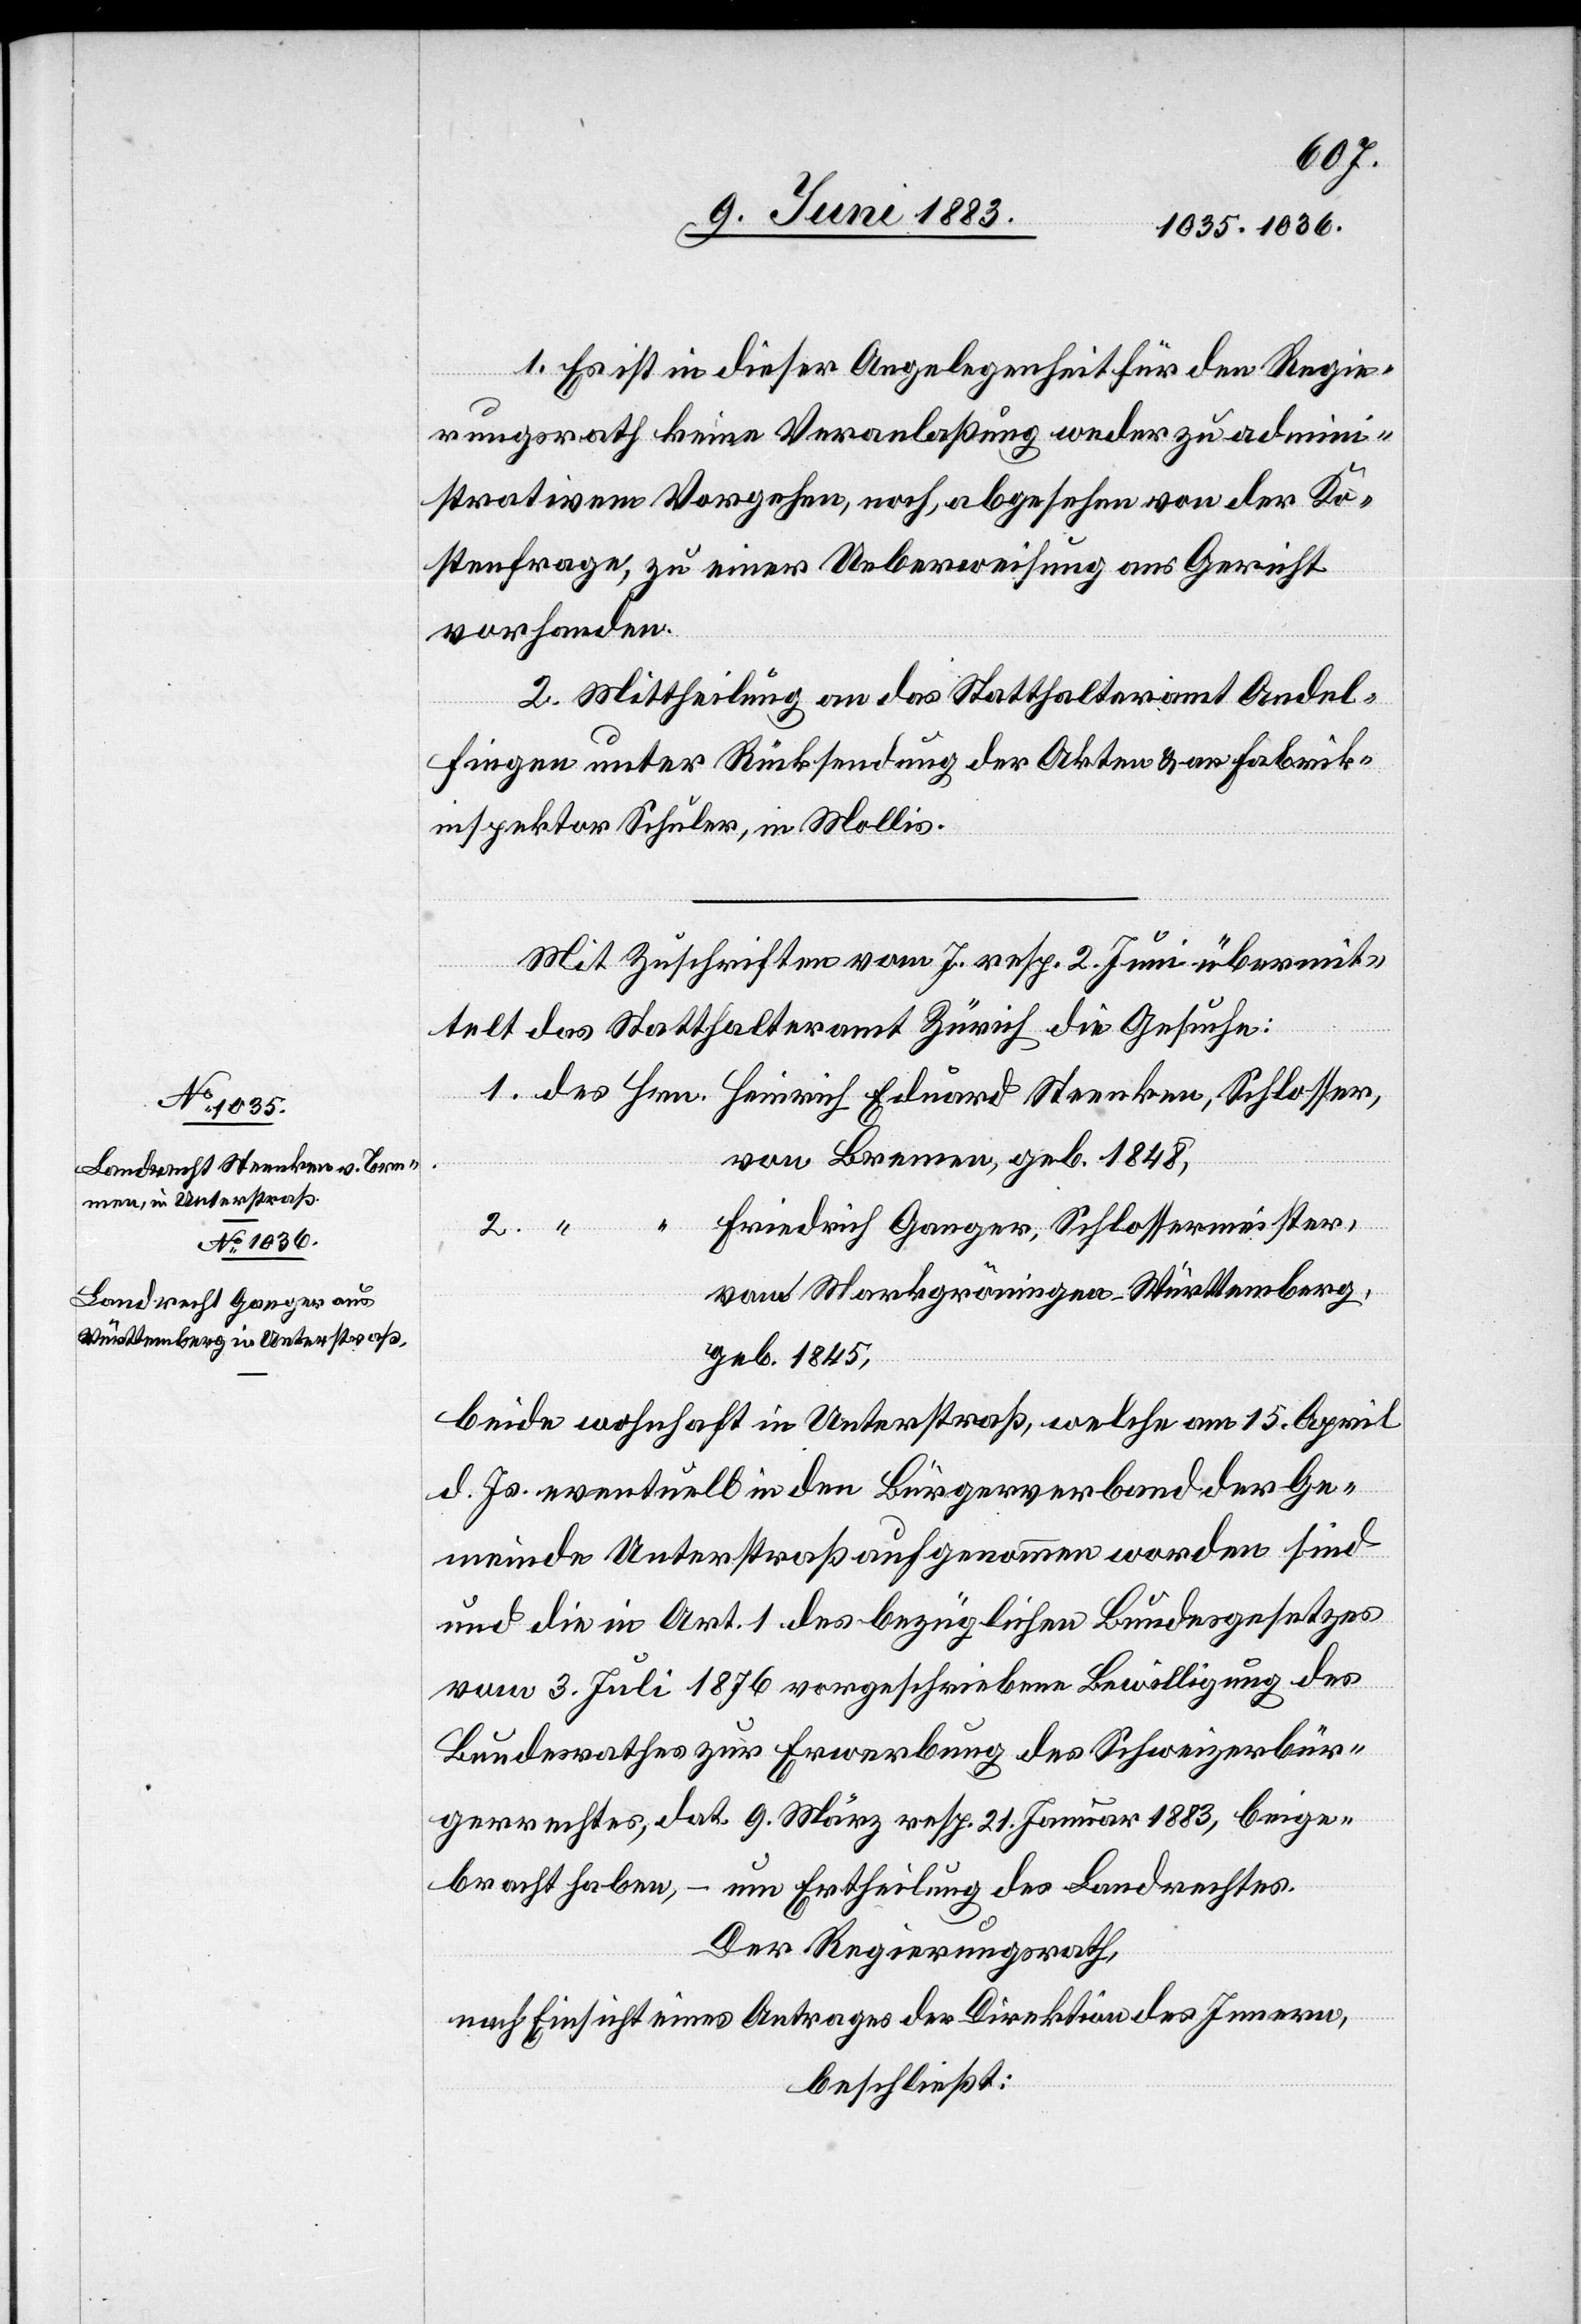
1. Es ist in dieser Angelegenheit für den Regie¬
rungsrath keine Veranlaßung weder zu admini¬
strativem Vorgehen, noch, abgesehen von der Ko¬
stenfrage, zu einer Ueberweisung ans Gericht
vorhanden.
2. Mittheilung an das Statthalteramt Andel¬
fingen unter Rücksendung der Akten & an Fabrik¬
inspektor Schuler, in Mollis.
Mit Zuschrift vom 7. resp. 2. Juni übermit¬
telt das Statthalteramt Zürich die Gesuche:
1. des Hrn. Heinrich Eduard Steenken, Schlosser
von Bremen, geb. 1848
Friedrich Ganger, Schlossermeister,
2.
von Markgröningen - Württemberg,
geb. 1845,
beide wohnhaft in Unterstraß, welche am 15. April
d. Js. eventuell in den Bürgerverband der Ge¬
meinde Unterstraß aufgenommen worden sind
und die in Art. 1 des bezüglichen Bundesgesetzes
vom 3. Juli 1876 vorgeschriebene Bewilligung des
Bundesrathes zur Erwerbung des Schweizerbür¬
gerrechtes, dat. 9. März resp. 21. Januar 1883, beige¬
bracht haben, – um Ertheilung des Landrechtes.
Der Regierungsrath,
nach Einsicht eines Antrages der Direktion des Innern,
beschließt: